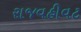
રાજવહીવટ